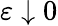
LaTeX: \varepsilon\downarrow 0